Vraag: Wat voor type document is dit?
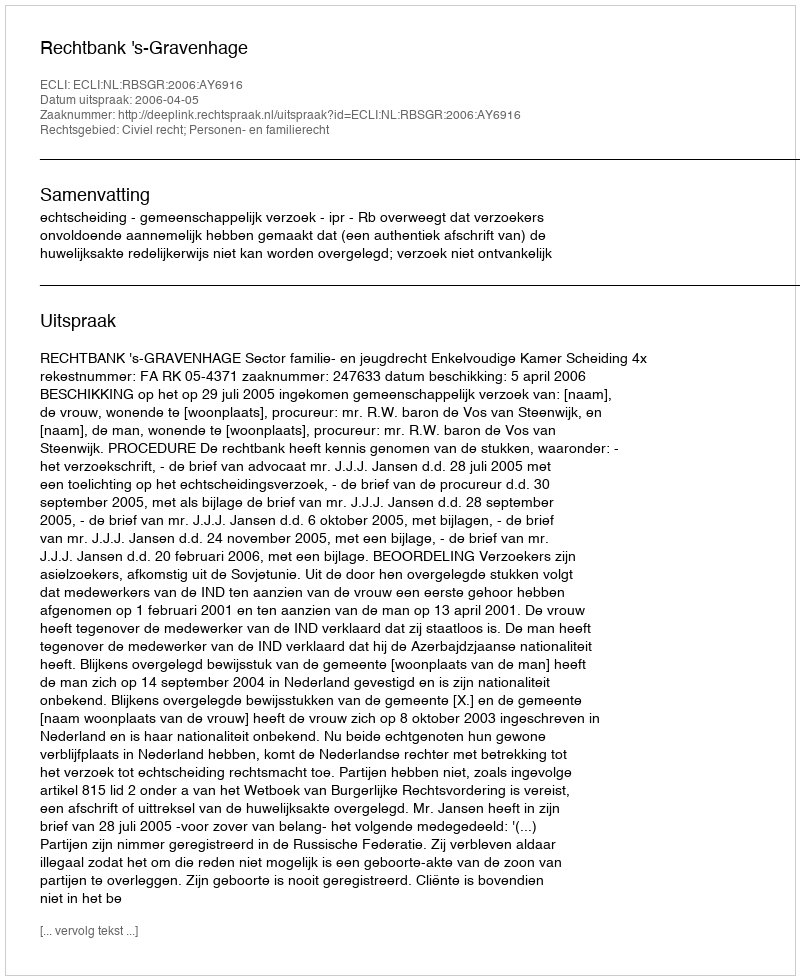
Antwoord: Uitspraak